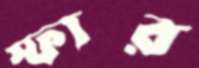
স্ফার